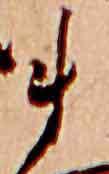
ま